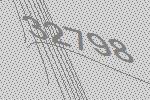
32798